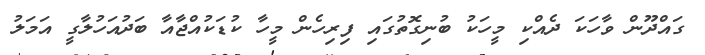
ގައްދޫން ވާހަކަ ދެއްކި މީހަކު ބުނިގޮތުގައި ފިރިހެން މީހާ ކުޑަކުއްޖާއާ ބަދުއަހުލާގީ އަމަލު